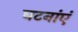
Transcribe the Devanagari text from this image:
घटनांएं